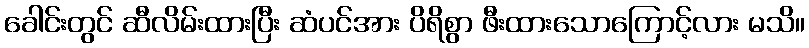
ခေါင်းတွင် ဆီလိမ်းထားပြီး ဆံပင်အား ပိရိစွာ ဖီးထားသောကြောင့်လား မသိ။